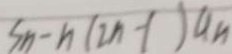
S _ { n } - n ( 2 n - 1 ) a _ { n }